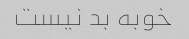
خوبه بد نیست